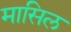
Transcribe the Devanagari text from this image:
मासिल